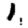
Digit: 1